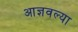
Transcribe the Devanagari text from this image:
आज्ञवल्या